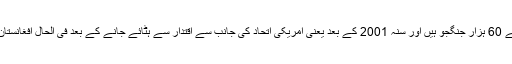
طالبان افغانستان کا اہم متحارب گروپ ہے جس کے 60 ہزار جنگجو ہیں اور سنہ 2001 کے بعد یعنی امریکی اتحاد کی جانب سے اقتدار سے ہٹائے جانے کے بعد فی الحال افغانستان میں سب سے زیادہ علاقے پر اس کا کنٹرول ہے۔